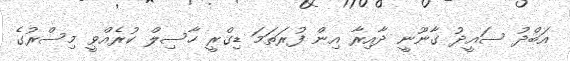
އަބްދު ސައީދު ގާނޫނީ ދާއިރާ އިން ފުރަތަމަ ޑިގްރީ ހާސިލް ކުރެއްވީ މިސްރުގެ